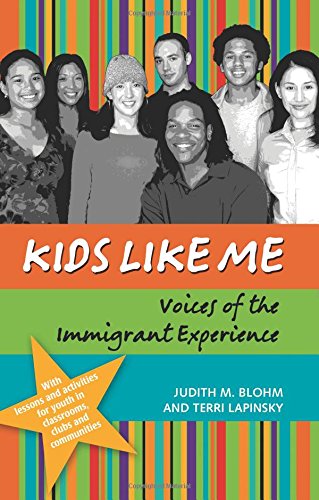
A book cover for Kids Like Me: Voices of the Immigrant Experience; Judith M. Blohm; Teen & Young Adult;